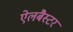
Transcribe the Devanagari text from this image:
ऐलबैस्टर